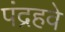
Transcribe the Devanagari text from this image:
पंद्रहवे